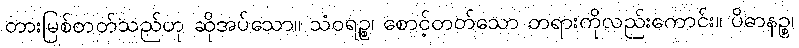
တားမြစ်တတ်သည်ဟု ဆိုအပ်သော။ သံဝရဉ္စ၊ စောင့်တတ်သော တရားကိုလည်းကောင်း။ ပိဓာနဉ္စ၊